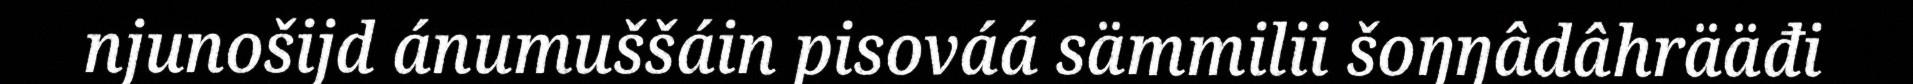
njunošijd ánumuššáin pisováá sämmilii šoŋŋâdâhrääđi